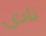
نادى